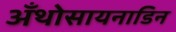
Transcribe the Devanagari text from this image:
अँथोसायनाडिन